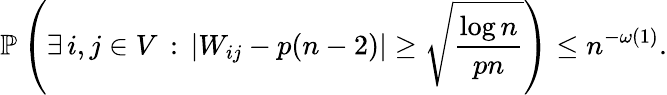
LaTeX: \mathbb{P}\left(\exists\, i,j\in V\, :\, \left|W_{ij}-p(n-2)\right|\ge\sqrt{\frac{\log n}{pn}}\right)\le n^{-\omega(1)}.